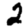
Digit: 2